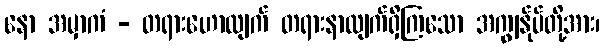
နော အမှာကံ - တရားဟောလျက် တရားနာလျက်ရှိကြသော အကျွန်ုပ်တို့အား၊